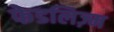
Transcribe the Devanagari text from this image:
फेडलिज़्म